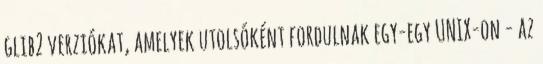
glib2 verziókat, amelyek utolsóként fordulnak egy-egy UNIX-on - az